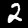
Label: 2